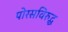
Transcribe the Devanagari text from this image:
पोरसविरुद्ध